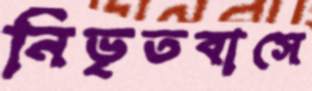
নিভৃতবাসে